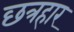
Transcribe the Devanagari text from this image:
छत्रहार